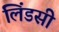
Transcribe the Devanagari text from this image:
लिंडसी